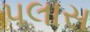
પલાસ